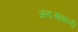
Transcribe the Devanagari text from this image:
अंतःसंवहनी